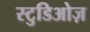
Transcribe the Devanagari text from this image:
स्टुडिओज़